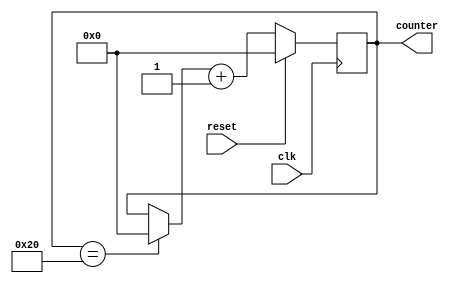
module test_bench(clk,reset,counter);

	input clk;
	input reset;
	output [0:64]counter;
	reg [0:64]data;
	initial begin
		data=0;
	end
	always @(posedge clk)
	begin
		if(data == 64'b100000)
			data = 0;
		if(reset)
		 	data = 0;
		else
		 	data = data + 64'b1;
	end 

	
		
	
	assign counter = data;
	

endmodule